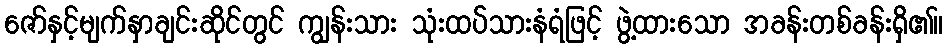
ဇော်နှင့်မျက်နှာချင်းဆိုင်တွင် ကျွန်းသား သုံးထပ်သားနံရံဖြင့် ဖွဲ့ထားသော အခန်းတစ်ခန်းရှိ၏။